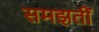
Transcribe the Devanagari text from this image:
समझतीं